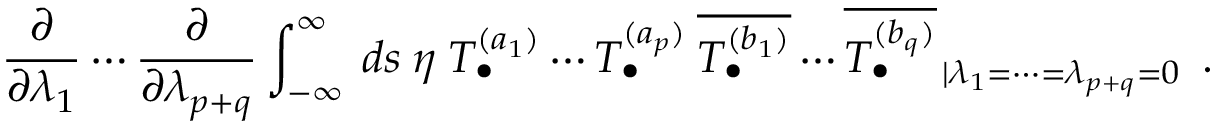
\frac { \partial } { \partial \lambda _ { 1 } } \cdots \frac { \partial } { \partial \lambda _ { p + q } } \int _ { - \infty } ^ { \infty } \: d s \: \eta \left. T _ { \bullet } ^ { ( a _ { 1 } ) } \cdots T _ { \bullet } ^ { ( a _ { p } ) } \: \overline { { { T _ { \bullet } ^ { ( b _ { 1 } ) } } } } \cdots \overline { { { T _ { \bullet } ^ { ( b _ { q } ) } } } } \right. _ { | \lambda _ { 1 } = \cdots = \lambda _ { p + q } = 0 } \; .